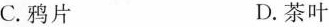
C.鸦片 D.茶叶